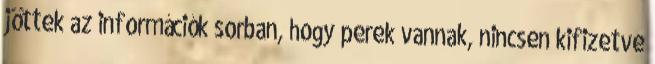
jöttek az információk sorban, hogy perek vannak, nincsen kifizetve